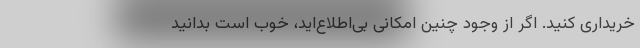
خریداری کنید. اگر از وجود چنین امکانی بی‌اطلاع‌اید، خوب است بدانید